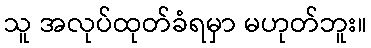
သူ အလုပ်ထုတ်ခံရမှာ မဟုတ်ဘူး။